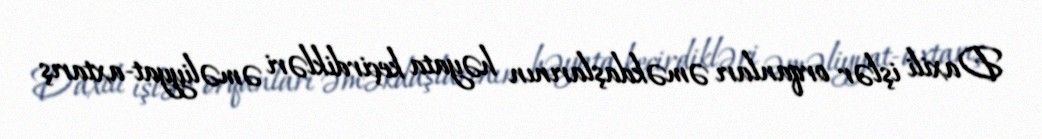
Daxili işlər orqanları əməkdaşlarının həyata keçirdikləri əməliyyat-axtarış